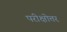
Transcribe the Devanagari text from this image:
परीक्षोत्तर